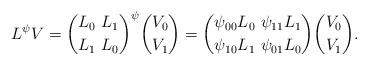
LaTeX: \begin{align*}L^{\psi} V={L_0 \ L_1 \choose L_1 \ L_0}^{\psi} {V_0 \choose V_1}={\psi_{00}L_0 \ \psi_{11}L_1 \choose \psi_{10}L_1 \ \psi_{01}L_0}{V_0 \choose V_1}.\end{align*}